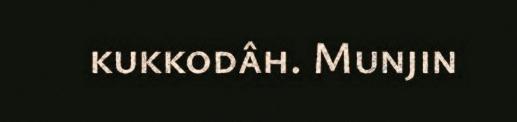
kukkodâh. Munjin